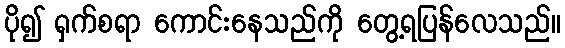
ပို၍ ရှက်စရာ ကောင်းနေသည်ကို တွေ့ရပြန်လေသည်။